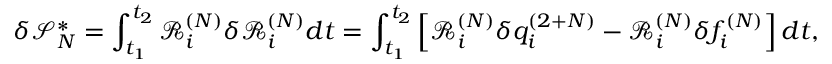
\delta \mathcal { S } _ { N } ^ { * } = \int _ { t _ { 1 } } ^ { t _ { 2 } } \mathcal { R } _ { i } ^ { ( N ) } \delta \mathcal { R } _ { i } ^ { ( N ) } d t = \int _ { t _ { 1 } } ^ { t _ { 2 } } \left[ \mathcal { R } _ { i } ^ { ( N ) } \delta { q } _ { i } ^ { ( 2 + N ) } - \mathcal { R } _ { i } ^ { ( N ) } \delta f _ { i } ^ { ( N ) } \right] d t ,